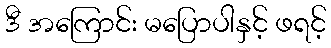
ဒီ အကြောင်း မပြောပါနှင့် ဖရင့်